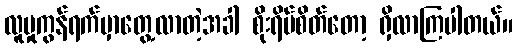
လူမှုကွန်ရက်မှာတွေ့လာတဲ့အခါ စိုးရိမ်စိတ်တော့ ရှိလာကြပါတယ်။